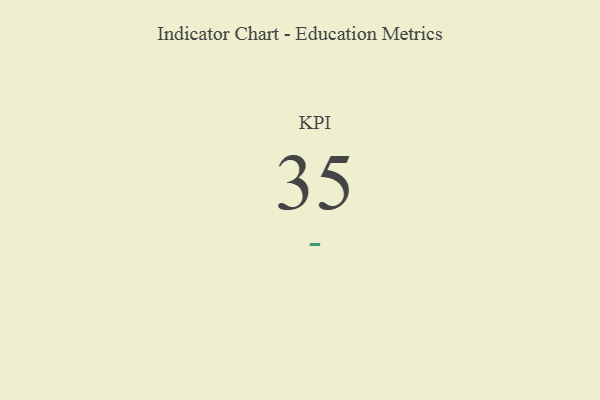
{"axis": {"x": "KPI", "y": "Value"}, "legend": [""], "data": [{"x": "KPI", "y": 35, "type": ""}]}